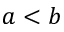
a < b